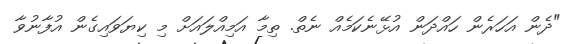
"ދެން އަހަރެން ހައްދަން އުޅޭނެކަމެއް ނެތް. ތިމާ އަމިއްލައަށް މި ކިޔަވައިގެން އުފާނުވާ